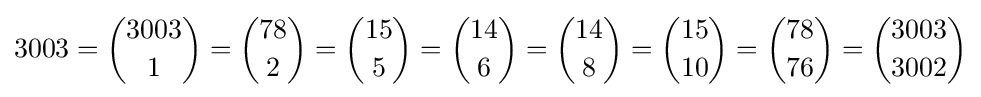
3003={3003 \choose 1}={78 \choose 2}={15 \choose 5}={14 \choose 6}={14 \choose 8}={15 \choose 10}={78 \choose 76}={3003 \choose 3002}